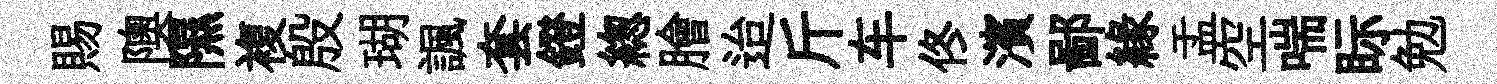
賜隩隰複殷瑚諷套鐙緫膾迨斤车佟濱鄙縁盂空喘眎勉